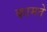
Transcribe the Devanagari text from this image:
कामते